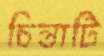
চিন্তাটি